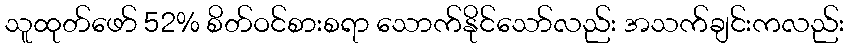
သူထုတ်ဖော် 52% စိတ်ဝင်စားစရာ သောက်နိုင်သော်လည်း အသက်ချင်းကလည်း